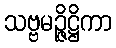
သဗ္ဗမဉ္ဇိဋ္ဌိကာ